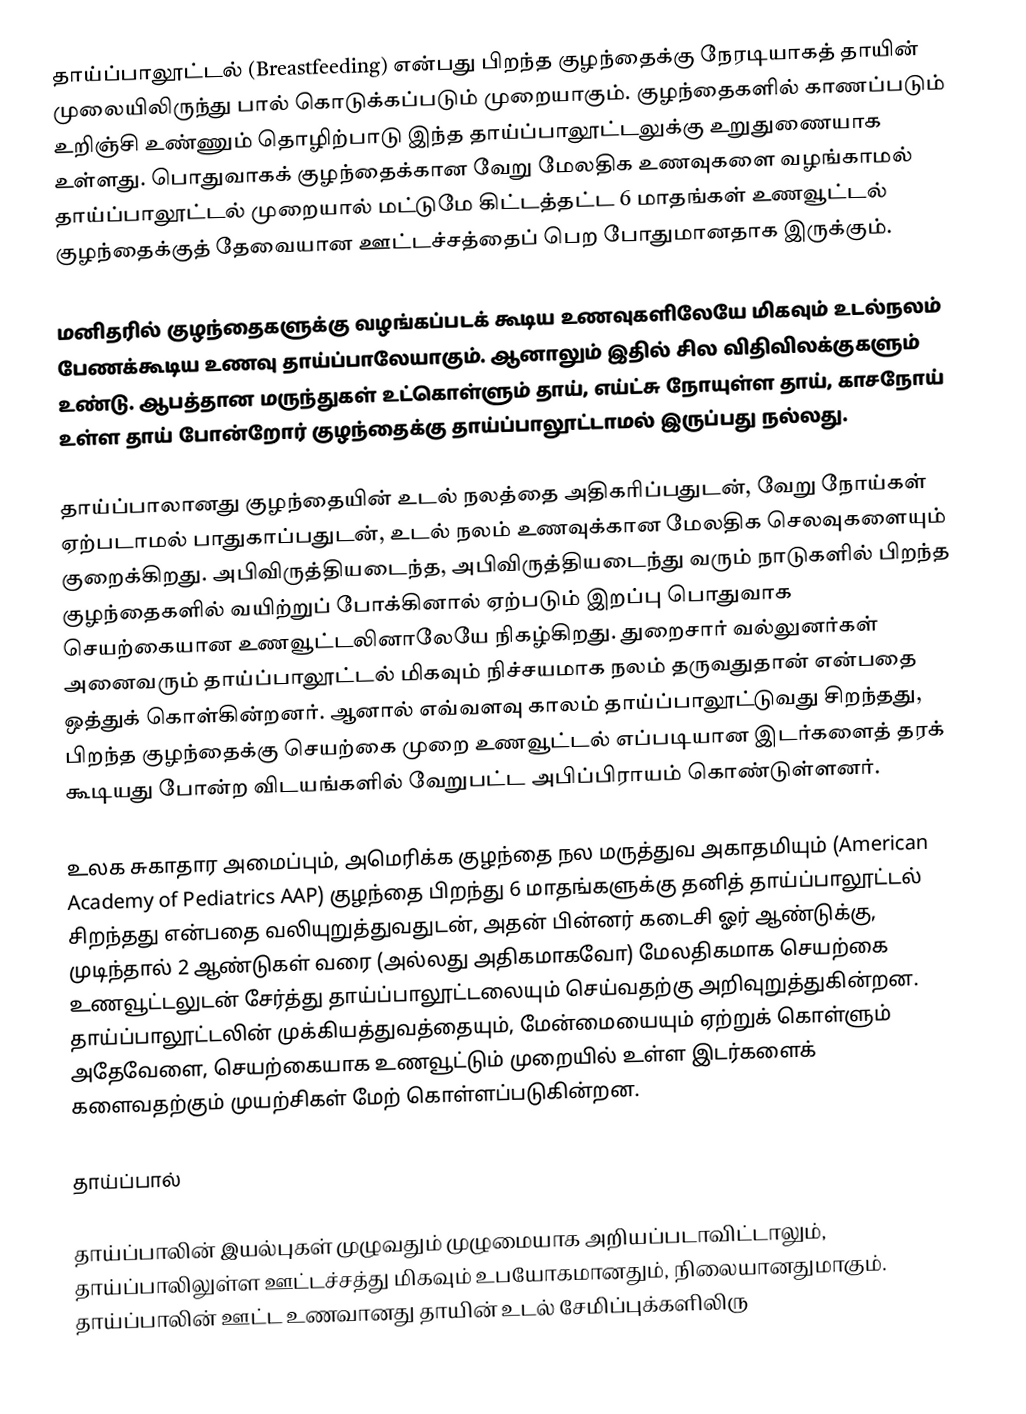
தாய்ப்பாலூட்டல் (Breastfeeding) என்பது பிறந்த குழந்தைக்கு நேரடியாகத் தாயின் முலையிலிருந்து பால் கொடுக்கப்படும் முறையாகும். குழந்தைகளில் காணப்படும் உறிஞ்சி உண்ணும் தொழிற்பாடு இந்த தாய்ப்பாலூட்டலுக்கு உறுதுணையாக உள்ளது. பொதுவாகக் குழந்தைக்கான வேறு மேலதிக உணவுகளை வழங்காமல் தாய்ப்பாலூட்டல் முறையால் மட்டுமே கிட்டத்தட்ட 6 மாதங்கள் உணவூட்டல் குழந்தைக்குத் தேவையான ஊட்டச்சத்தைப் பெற போதுமானதாக இருக்கும்.

மனிதரில் குழந்தைகளுக்கு வழங்கப்படக் கூடிய உணவுகளிலேயே மிகவும் உடல்நலம் பேணக்கூடிய உணவு தாய்ப்பாலேயாகும். ஆனாலும் இதில் சில விதிவிலக்குகளும் உண்டு. ஆபத்தான மருந்துகள் உட்கொள்ளும் தாய், எய்ட்சு நோயுள்ள தாய், காசநோய் உள்ள தாய் போன்றோர் குழந்தைக்கு தாய்ப்பாலூட்டாமல் இருப்பது நல்லது.

தாய்ப்பாலானது குழந்தையின் உடல் நலத்தை அதிகரிப்பதுடன், வேறு நோய்கள் ஏற்படாமல் பாதுகாப்பதுடன், உடல் நலம் உணவுக்கான மேலதிக செலவுகளையும் குறைக்கிறது. அபிவிருத்தியடைந்த, அபிவிருத்தியடைந்து வரும் நாடுகளில் பிறந்த குழந்தைகளில் வயிற்றுப் போக்கினால் ஏற்படும் இறப்பு பொதுவாக செயற்கையான உணவூட்டலினாலேயே நிகழ்கிறது. துறைசார் வல்லுனர்கள் அனைவரும் தாய்ப்பாலூட்டல் மிகவும் நிச்சயமாக நலம் தருவதுதான் என்பதை ஒத்துக் கொள்கின்றனர். ஆனால் எவ்வளவு காலம் தாய்ப்பாலூட்டுவது சிறந்தது, பிறந்த குழந்தைக்கு செயற்கை முறை உணவூட்டல் எப்படியான இடர்களைத் தரக் கூடியது போன்ற விடயங்களில் வேறுபட்ட அபிப்பிராயம் கொண்டுள்ளனர்.

உலக சுகாதார அமைப்பும், அமெரிக்க குழந்தை நல மருத்துவ அகாதமியும் (American Academy of Pediatrics AAP) குழந்தை பிறந்து 6 மாதங்களுக்கு தனித் தாய்ப்பாலூட்டல் சிறந்தது என்பதை வலியுறுத்துவதுடன், அதன் பின்னர் கடைசி ஓர் ஆண்டுக்கு, முடிந்தால் 2 ஆண்டுகள் வரை (அல்லது அதிகமாகவோ) மேலதிகமாக செயற்கை உணவூட்டலுடன் சேர்த்து தாய்ப்பாலூட்டலையும் செய்வதற்கு அறிவுறுத்துகின்றன. தாய்ப்பாலூட்டலின் முக்கியத்துவத்தையும், மேன்மையையும் ஏற்றுக் கொள்ளும் அதேவேளை, செயற்கையாக உணவூட்டும் முறையில் உள்ள இடர்களைக் களைவதற்கும் முயற்சிகள் மேற் கொள்ளப்படுகின்றன.

தாய்ப்பால்

தாய்ப்பாலின் இயல்புகள் முழுவதும் முழுமையாக அறியப்படாவிட்டாலும், தாய்ப்பாலிலுள்ள ஊட்டச்சத்து மிகவும் உபயோகமானதும், நிலையானதுமாகும். தாய்ப்பாலின் ஊட்ட உணவானது தாயின் உடல் சேமிப்புக்களிலிரு